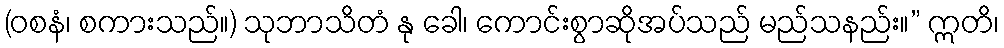
(ဝစနံ၊ စကားသည်။) သုဘာသိတံ နု ခေါ၊ ကောင်းစွာဆိုအပ်သည် မည်သနည်း။” ဣတိ၊